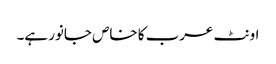
اونٹ عرب کا خاص جانور ہے۔